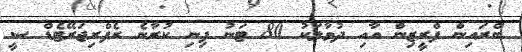
ބްރައިން ފްރީޒިން އާއި ދުވާލަކު 80 ޓަނު ފިނި ކުރާނެ ރެފްރިޖަރޭޓެޑް ސީ